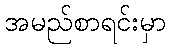
အမည်စာရင်းမှာ